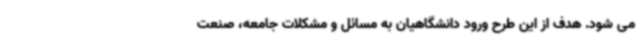
می شود. هدف از این طرح ورود دانشگاهیان به مسائل و مشکلات جامعه، صنعت